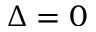
\Delta = 0